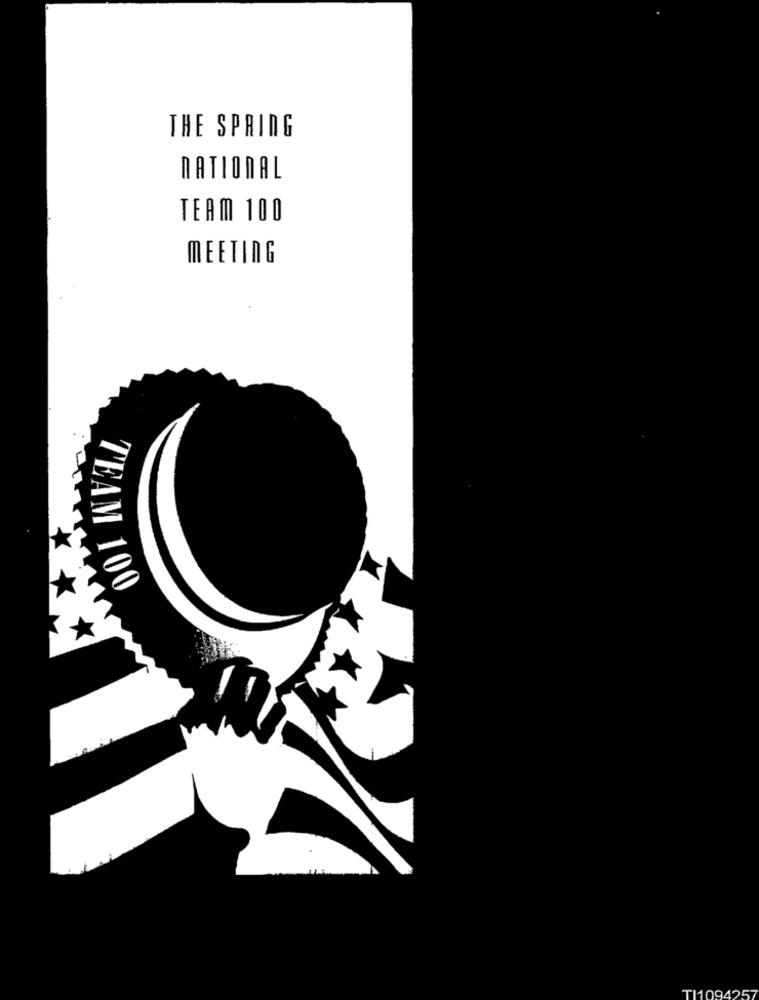
THE SPRING
NATIONAL
TEAM 100
MEETING
TEAM 100
TI1094257